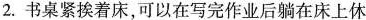
2.书桌紧挨着床，可以在写完作业后躺在床上休